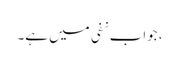
، جواب نفی میں ہے۔